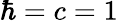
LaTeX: \hbar=c=1